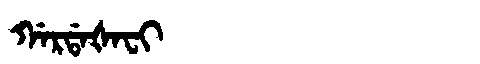
Manchu: ᡤᠠᡵᡩᠠᡧᠠᠸᡳ
Romanization: GARDAŠAFI